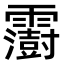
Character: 𩆩